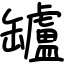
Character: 罏